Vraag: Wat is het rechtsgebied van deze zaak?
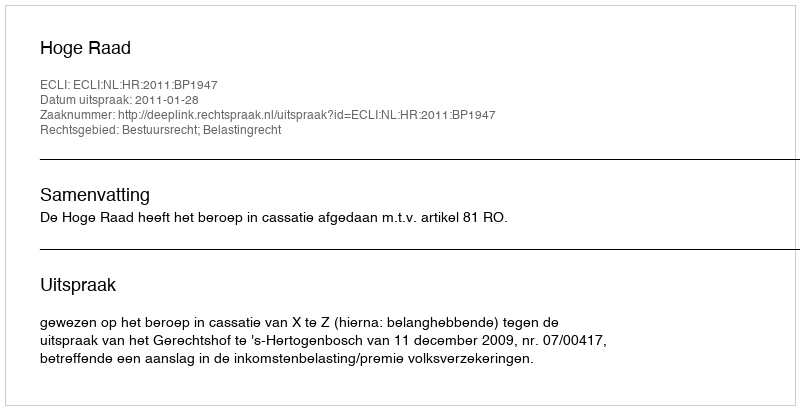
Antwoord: Bestuursrecht; Belastingrecht